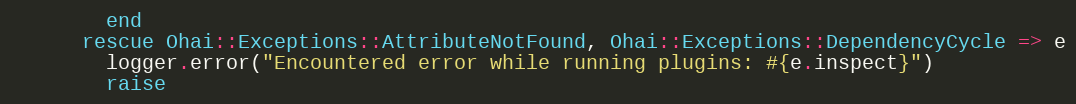
Language: Ruby
        end
      rescue Ohai::Exceptions::AttributeNotFound, Ohai::Exceptions::DependencyCycle => e
        logger.error("Encountered error while running plugins: #{e.inspect}")
        raise